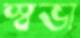
স্বভা